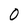
Character: 0